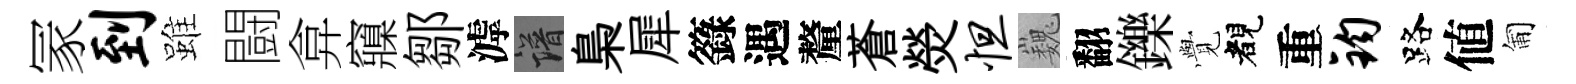
冡到雖闘弇䆿鄒滹譜梟犀籙遇釐蒼熒怛巍翻鑠𮗜睹重钧路値匍